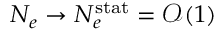
N _ { e } \rightarrow N _ { e } ^ { \mathrm { s t a t } } = \mathcal { O } ( 1 )